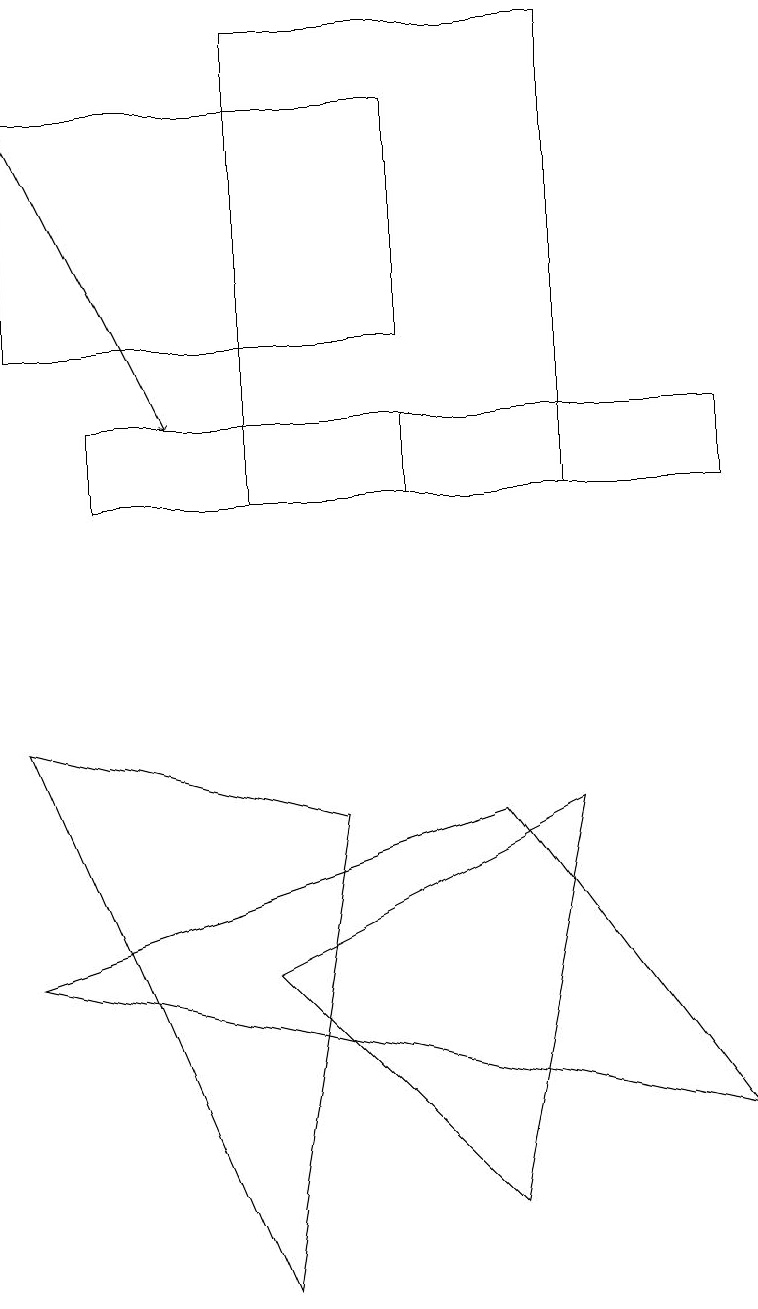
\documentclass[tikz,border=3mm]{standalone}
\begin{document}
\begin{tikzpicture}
\draw (4,8) -- (0,9) -- (3,2) -- cycle;
\draw[->] (0,17) -- (2,13);
\draw (9,12) rectangle (1,13);
\draw (5,13) rectangle (9,12);
\draw (6,8) -- (9,4) -- (0,6) -- cycle;
\draw (3,6) -- (7,8) -- (6,3) -- cycle;
\draw (5,17) rectangle (0,14);
\draw (7,12) rectangle (3,18);
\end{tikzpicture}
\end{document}